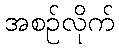
အစဉ်လိုက်